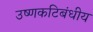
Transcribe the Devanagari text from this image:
उष्‍णकटिबंधीय